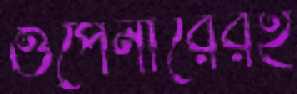
ওপেনারেরই